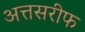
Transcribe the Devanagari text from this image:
अत्तसरीफ